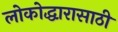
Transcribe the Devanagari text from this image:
लोकोद्धारासाठी